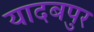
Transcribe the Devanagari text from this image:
यादबपुर